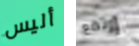
أليس إرتفع